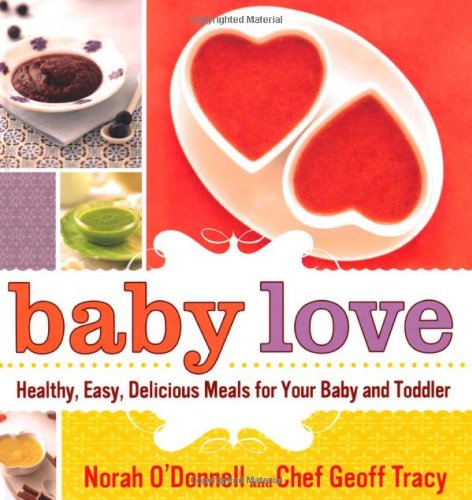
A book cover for Baby Love: Healthy, Easy, Delicious Meals for Your Baby and Toddler; Norah O'Donnell; Cookbooks, Food & Wine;